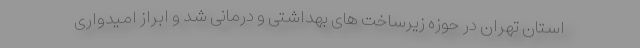
استان تهران در حوزه زیرساخت های بهداشتی و درمانی شد و ابراز امیدواری